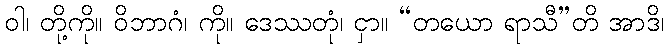
ဝါ၊ တို့ကို။ ဝိဘာဂံ၊ ကို။ ဒေဿတုံ၊ ငှာ။ “တယော ရာသီ”တိ အာဒိ၊